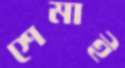
শেমাই